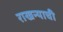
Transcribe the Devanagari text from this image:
राखन्याची